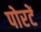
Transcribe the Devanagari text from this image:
पोरटें